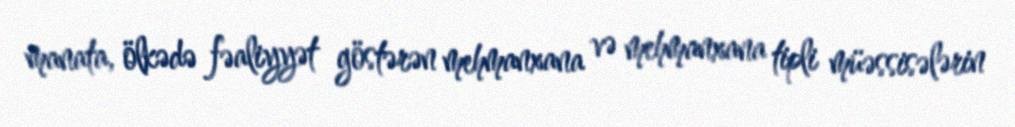
manata, ölkədə fəaliyyət göstərən mehmanxana və mehmanxana tipli müəssisələrin